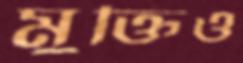
মুক্তিও